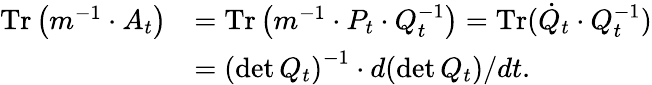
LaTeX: \begin{array}{rl}{\operatorname{Tr}\left(m^{-1}\cdot A_{t}\right)}&{=\operatorname{Tr}\left(m^{-1}\cdot P_{t}\cdot Q_{t}^{-1}\right)=\operatorname{Tr}(\dot{Q}_{t}\cdot Q_{t}^{-1})}\\ &{=\left(\operatorname*{det}Q_{t}\right)^{-1}\cdot d(\operatorname*{det}Q_{t})/dt.}\end{array}